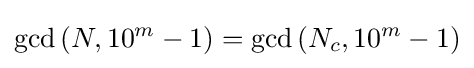
\gcd \left(N,10^{m}-1\right)=\gcd \left(N_{c},10^{m}-1\right)